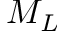
M _ { L }